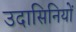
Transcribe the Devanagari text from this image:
उदासिनियों